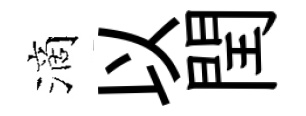
滴以閏